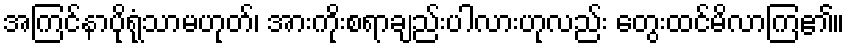
အကြင်နာပိုရုံသာမဟုတ်၊ အားကိုးစရာချည်းပါလားဟုလည်း တွေးထင်မိလာကြ၏။